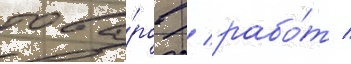
това́ров / рабо́т /